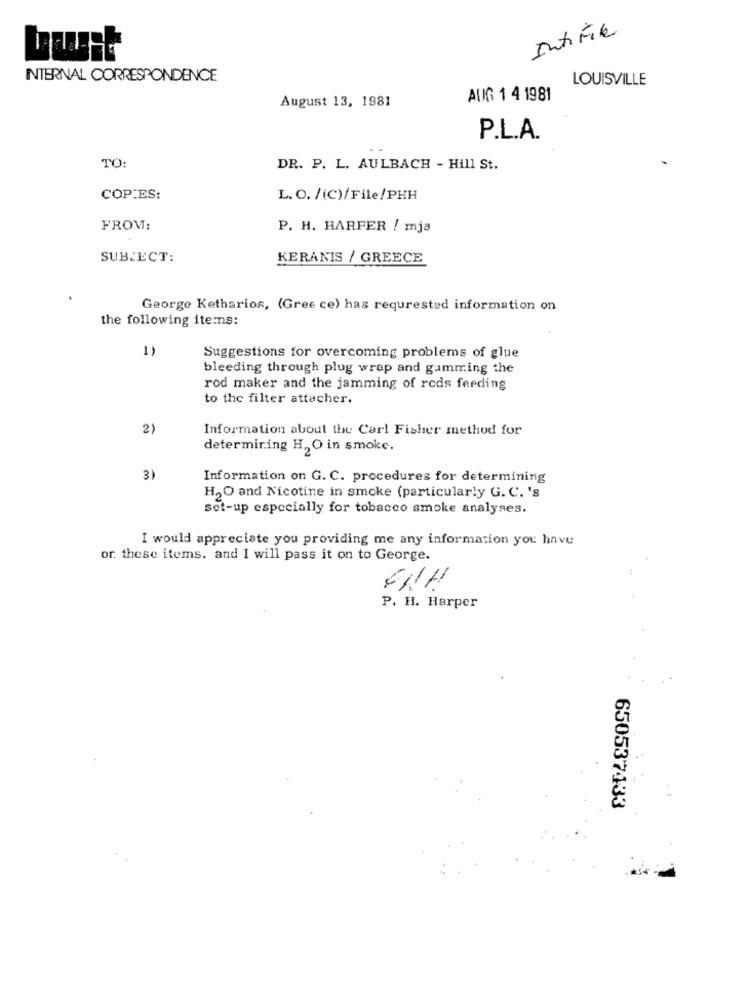
IntiFile
INTERNAL CORRESPONDENCE
LOUISVILLE
August 13, 1981
AUG 1 4 1981
P.L.A.
TO:
DR. P. L. AULBACH - Hill St.
COPIES:
L. O. /(C)/File/PHH
FROM:
P. H. HARPER / mja
SUBJECT:
KERANIS / GREECE
George Ketharios, (Gree ce) has requested information on
the following items:
1)
Suggestions for overcoming problems of glue
bleeding through plug wrap and gamming the
rod maker and the jamming of reds feeding
to the filter attacher.
2)
Information about the Carl Fisher method for
determiring H, O in smoke.
3)
Information on G. C. procedures for determining
H2O and Nicotine in smoke (particularly G. C. 's
set-up especially for tobacco smoke analyses.
I would appreciate you providing me any information you have
or. these items. and I will pass it on to George.
P. H. Harper
650537433